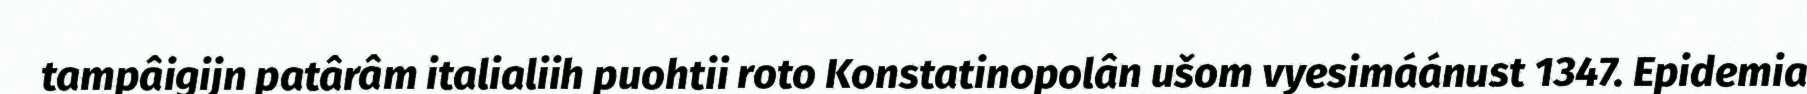
tampâigijn patârâm italialiih puohtii roto Konstatinopolân ušom vyesimáánust 1347. Epidemia